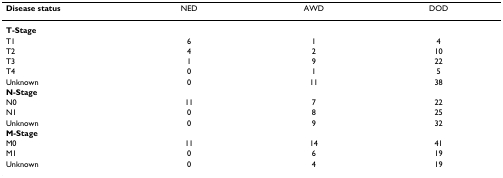
<table><thead><tr><td><b>Disease status</b></td><td><b>NED</b></td><td><b>AWD</b></td><td><b>DOD</b></td></tr></thead><tbody><tr><td><b>T-Stage</b></td><td></td><td></td><td></td></tr><tr><td>T1</td><td>6</td><td>1</td><td>4</td></tr><tr><td>T2</td><td>4</td><td>2</td><td>10</td></tr><tr><td>T3</td><td>1</td><td>9</td><td>22</td></tr><tr><td>T4</td><td>0</td><td>1</td><td>5</td></tr><tr><td>Unknown</td><td>0</td><td>11</td><td>38</td></tr><tr><td><b>N-Stage</b></td><td></td><td></td><td></td></tr><tr><td>N0</td><td>11</td><td>7</td><td>22</td></tr><tr><td>N1</td><td>0</td><td>8</td><td>25</td></tr><tr><td>Unknown</td><td>0</td><td>9</td><td>32</td></tr><tr><td><b>M-Stage</b></td><td></td><td></td><td></td></tr><tr><td>M0</td><td>11</td><td>14</td><td>41</td></tr><tr><td>M1</td><td>0</td><td>6</td><td>19</td></tr><tr><td>Unknown</td><td>0</td><td>4</td><td>19</td></tr></tbody></table>